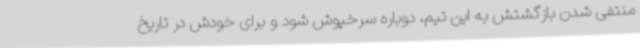
منتفی شدن بازگشتش به این تیم، دوباره سرخپوش شود و برای خودش در تاریخ